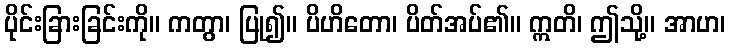
ပိုင်းခြားခြင်းကို။ ကတွာ၊ ပြု၍။ ပိဟိတော၊ ပိတ်အပ်၏။ ဣတိ၊ ဤသို့။ အာဟ၊